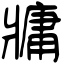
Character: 牅